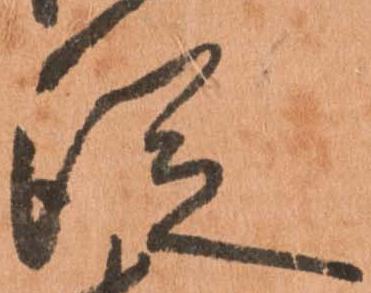
従